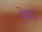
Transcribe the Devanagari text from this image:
ब्रेद